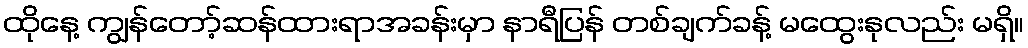
ထိုနေ့ ကျွန်တော့်ဆန်ထားရာအခန်းမှာ နာရီပြန် တစ်ချက်ခန့် မထွေးနုလည်း မရှိ။